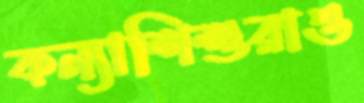
কন্যাশিশুরাও